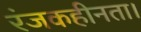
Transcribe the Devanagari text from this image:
रंजकहीनता।